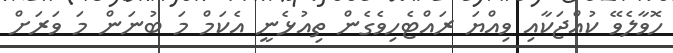
ހޮވާލެވޭ ކުއްޖަކާއި ވިއްޔަ ރައްޓެހިވެގެން ތިއުޅެނީ އެކަމް މަ ބުނަން މަ ވަރަށް